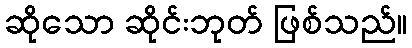
ဆိုသော ဆိုင်းဘုတ် ဖြစ်သည်။